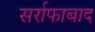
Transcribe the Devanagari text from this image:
सर्राफाबाद